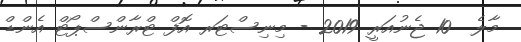
މާލެ  10 ޖެނުއަރީ 2019 - މިނިސްޓަރ އޮފް ޓްރާންސްޕޯޓް އެންޑް